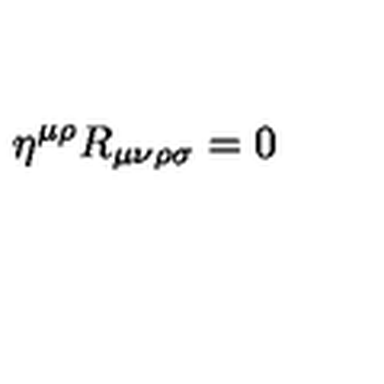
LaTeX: \eta ^ { \mu \rho } R _ { \mu \nu \rho \sigma } = 0